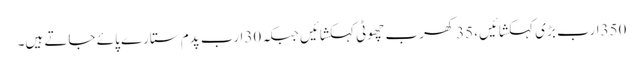
350ارب بڑی کہکشائیں، 35کھرب چھوٹی کہکشائیں جبکہ 30ارب پدم ستارے پائے جاتے ہیں۔